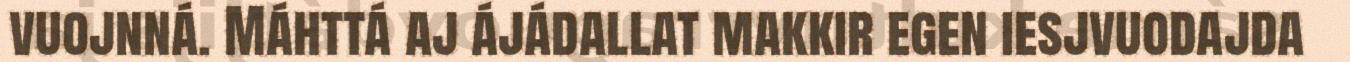
vuojnná. Máhttá aj ájádallat makkir egen iesjvuodajda